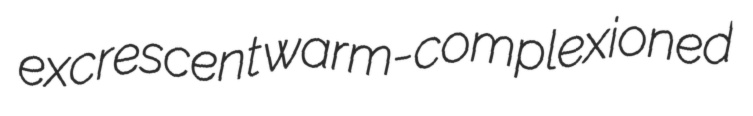
excrescent warm-complexioned